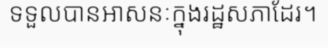
ទទួលបានអាសនៈក្នុងរដ្ឋសភាដែរ។